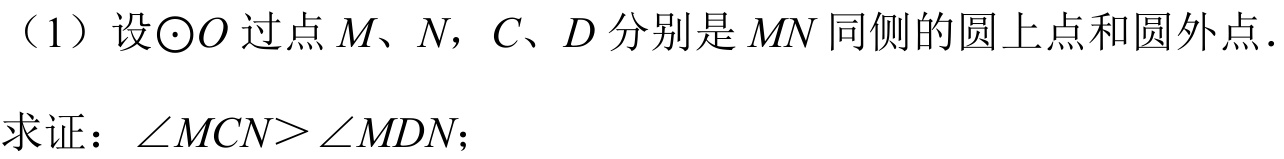
（1）设\(\odot O\)过点 \(M、N\)，\(C、D\) 分别是 \(MN\) 同侧的圆上点和圆外点.
求证：\(\angle MCN>\angle MDN\)；